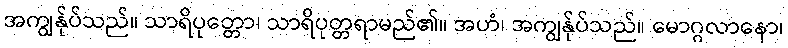
အကျွန်ုပ်သည်။ သာရိပုတ္တော၊ သာရိပုတ္တရာမည်၏။ အဟံ၊ အကျွန်ုပ်သည်။ မောဂ္ဂလာနော၊